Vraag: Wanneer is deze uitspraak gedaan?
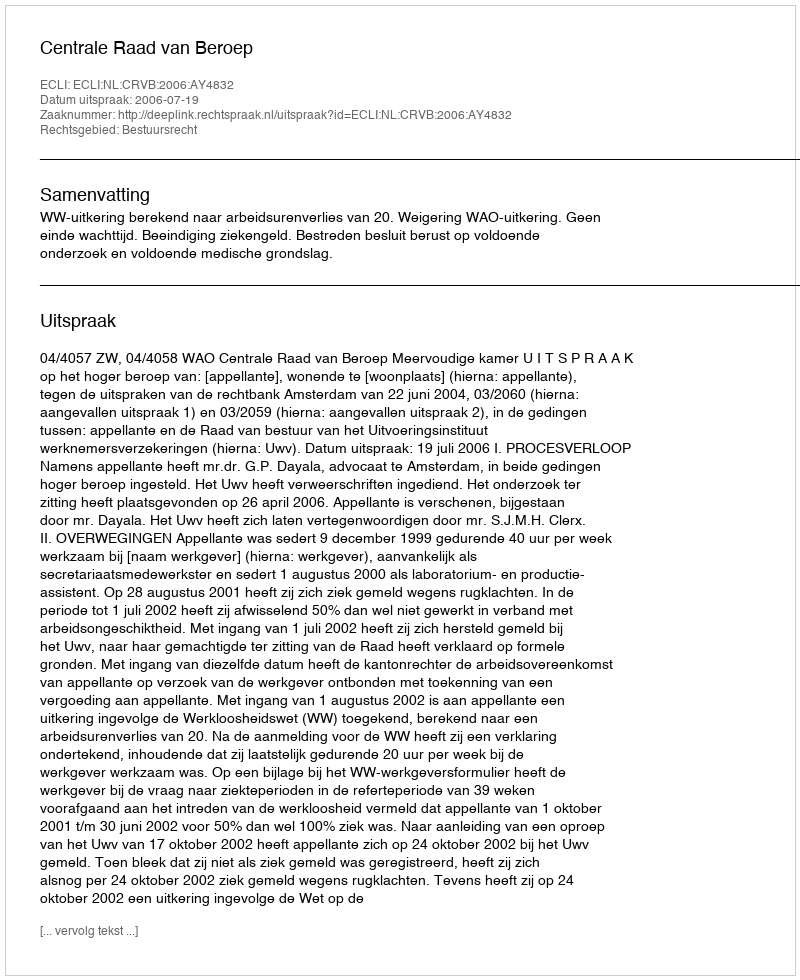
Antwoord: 2006-07-19